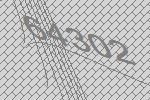
64302